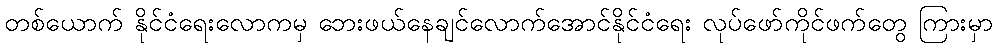
တစ်ယောက် နိုင်ငံရေးလောကမှ ဘေးဖယ်နေချင်လောက်အောင်နိုင်ငံရေး လုပ်ဖော်ကိုင်ဖက်တွေ ကြားမှာ